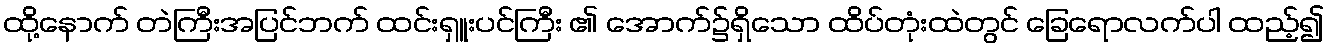
ထို့နောက် တဲကြီးအပြင်ဘက် ထင်းရှူးပင်ကြီး ၏ အောက်၌ရှိသော ထိပ်တုံးထဲတွင် ခြေရောလက်ပါ ထည့်၍